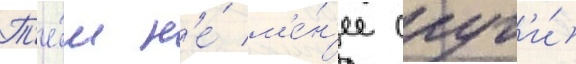
Т'е́м н'е́ м'е́н'ее слуг'и́